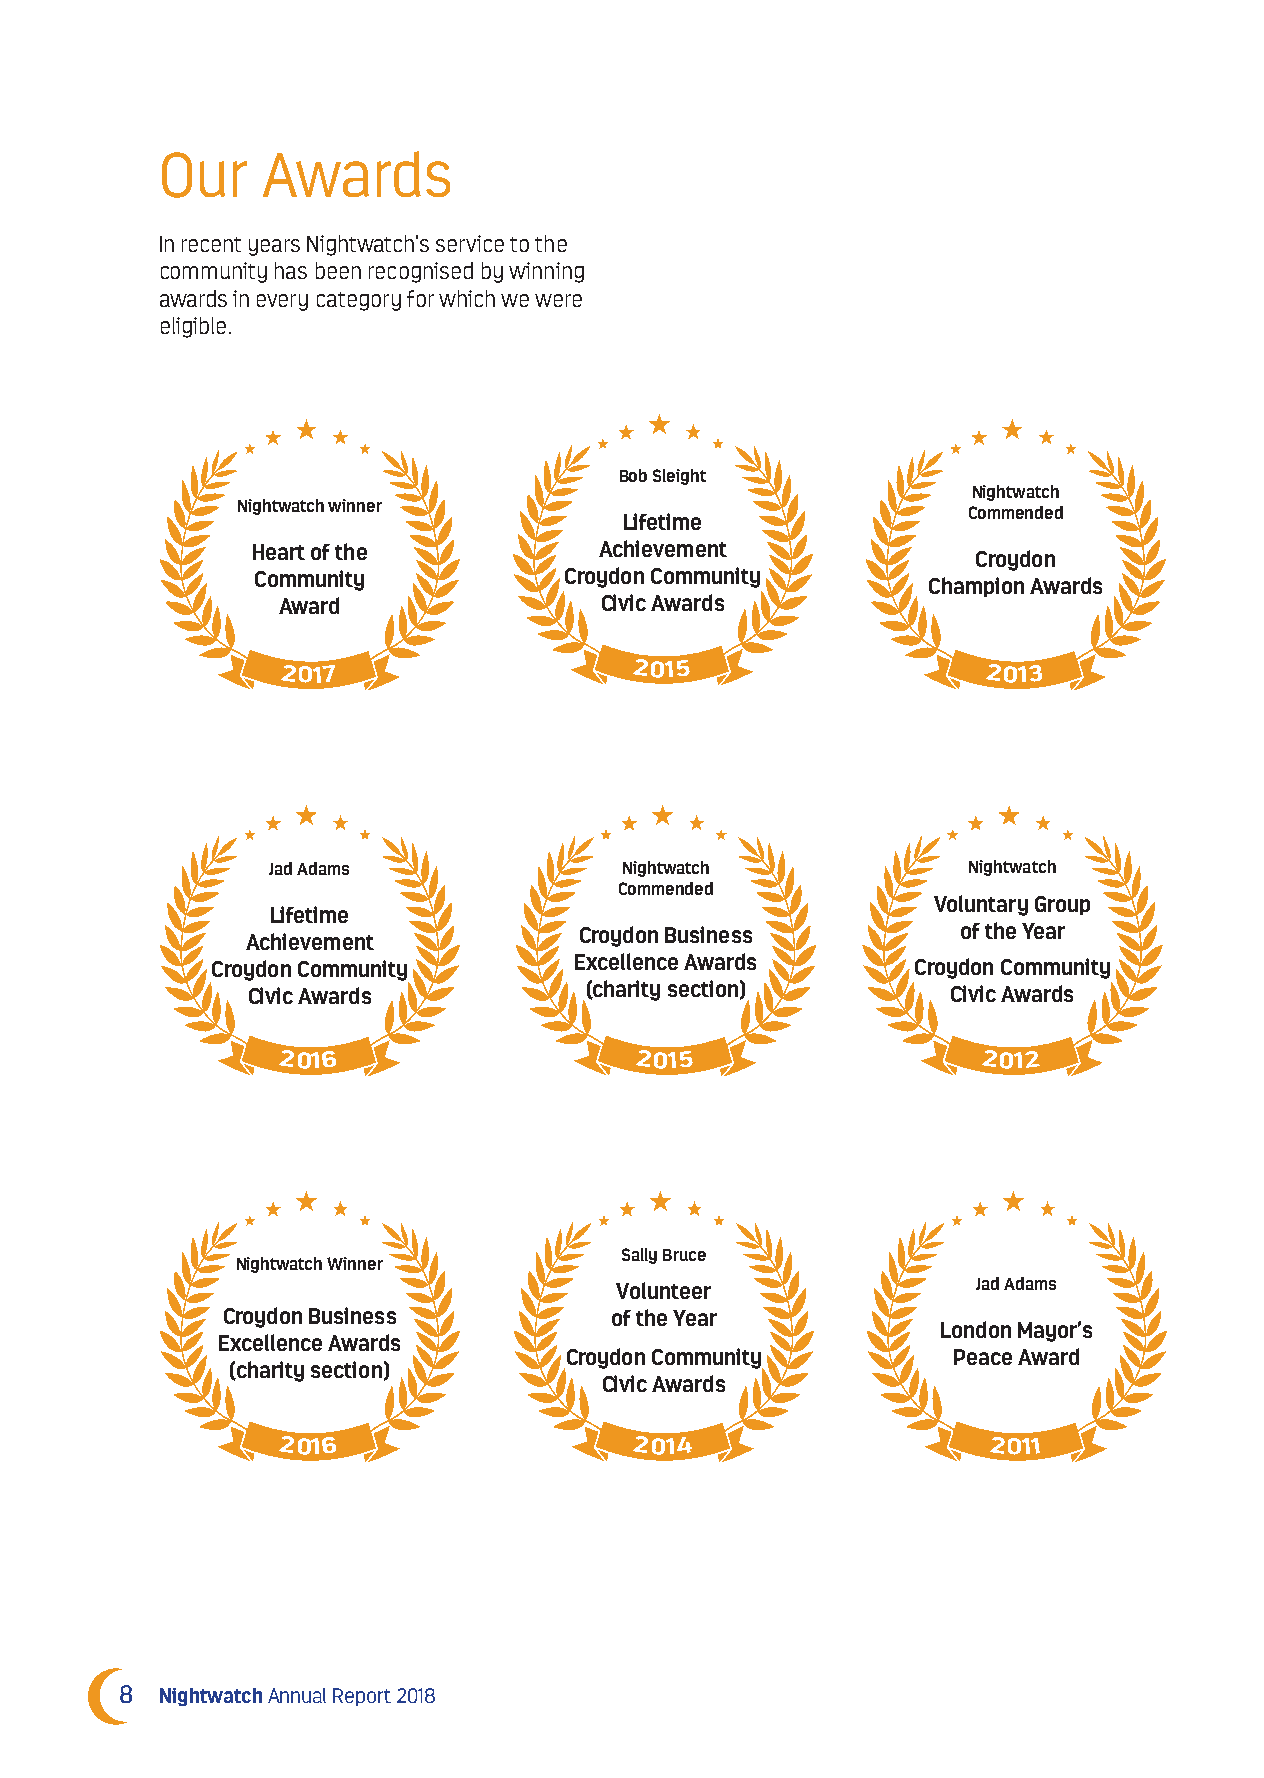
Our   Awards
 In recent years Nightwatch’s service to the
 community has been recognised by winning
 awards in every category for which we were
 eligible.
 Bob Sleight
 Nightwatch
 Nightwatch winner
 Commended
 Lifetime
 Heart of the           Achievement
 Croydon
 Community           Croydon Community
 Champion Awards
 Award                 Civic Awards
 2017                    2015                   2013
 Jad Adams              Nightwatch             Nightwatch
 Commended
 Voluntary Group
 Lifetime
 Croydon Business          of the Year
 Achievement
 Croydon Community       Excellence Awards      Croydon Community
 Civic Awards           (charity section)       Civic Awards
 2016                    2015                   2012
 Sally Bruce
 Nightwatch Winner
 Volunteer               Jad Adams
 Croydon Business         of the Year
 London Mayor’s
 Excellence Awards
 Croydon Community         Peace Award
 (charity section)
 Civic Awards
 2016                    2014                   2011
 8  Nightwatch Annual Report 2018